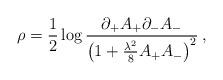
LaTeX: \begin{align*}\rho={1\over2}\log{ \partial_+A_+\partial_-A_-\over \left(1+{\lambda^2\over8}A_+A_-\right)^2}\>,\end{align*}